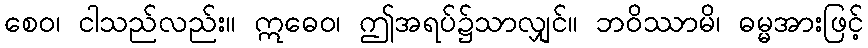
စေဝ၊ ငါသည်လည်း။ ဣဓေဝ၊ ဤအရပ်၌သာလျှင်။ ဘဝိဿာမိ၊ ဓမ္မအားဖြင့်